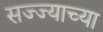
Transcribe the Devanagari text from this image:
सज्ज्याच्या